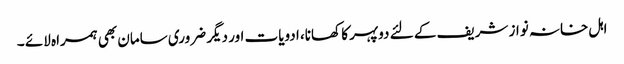
اہل خانہ نواز شریف کے لئے دوپہر کا کھانا، ادویات اور دیگر ضروری سامان بھی ہمراہ لائے ۔